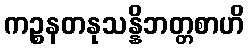
ကဉ္စနတနုသန္နိဘတ္တစာဟိ